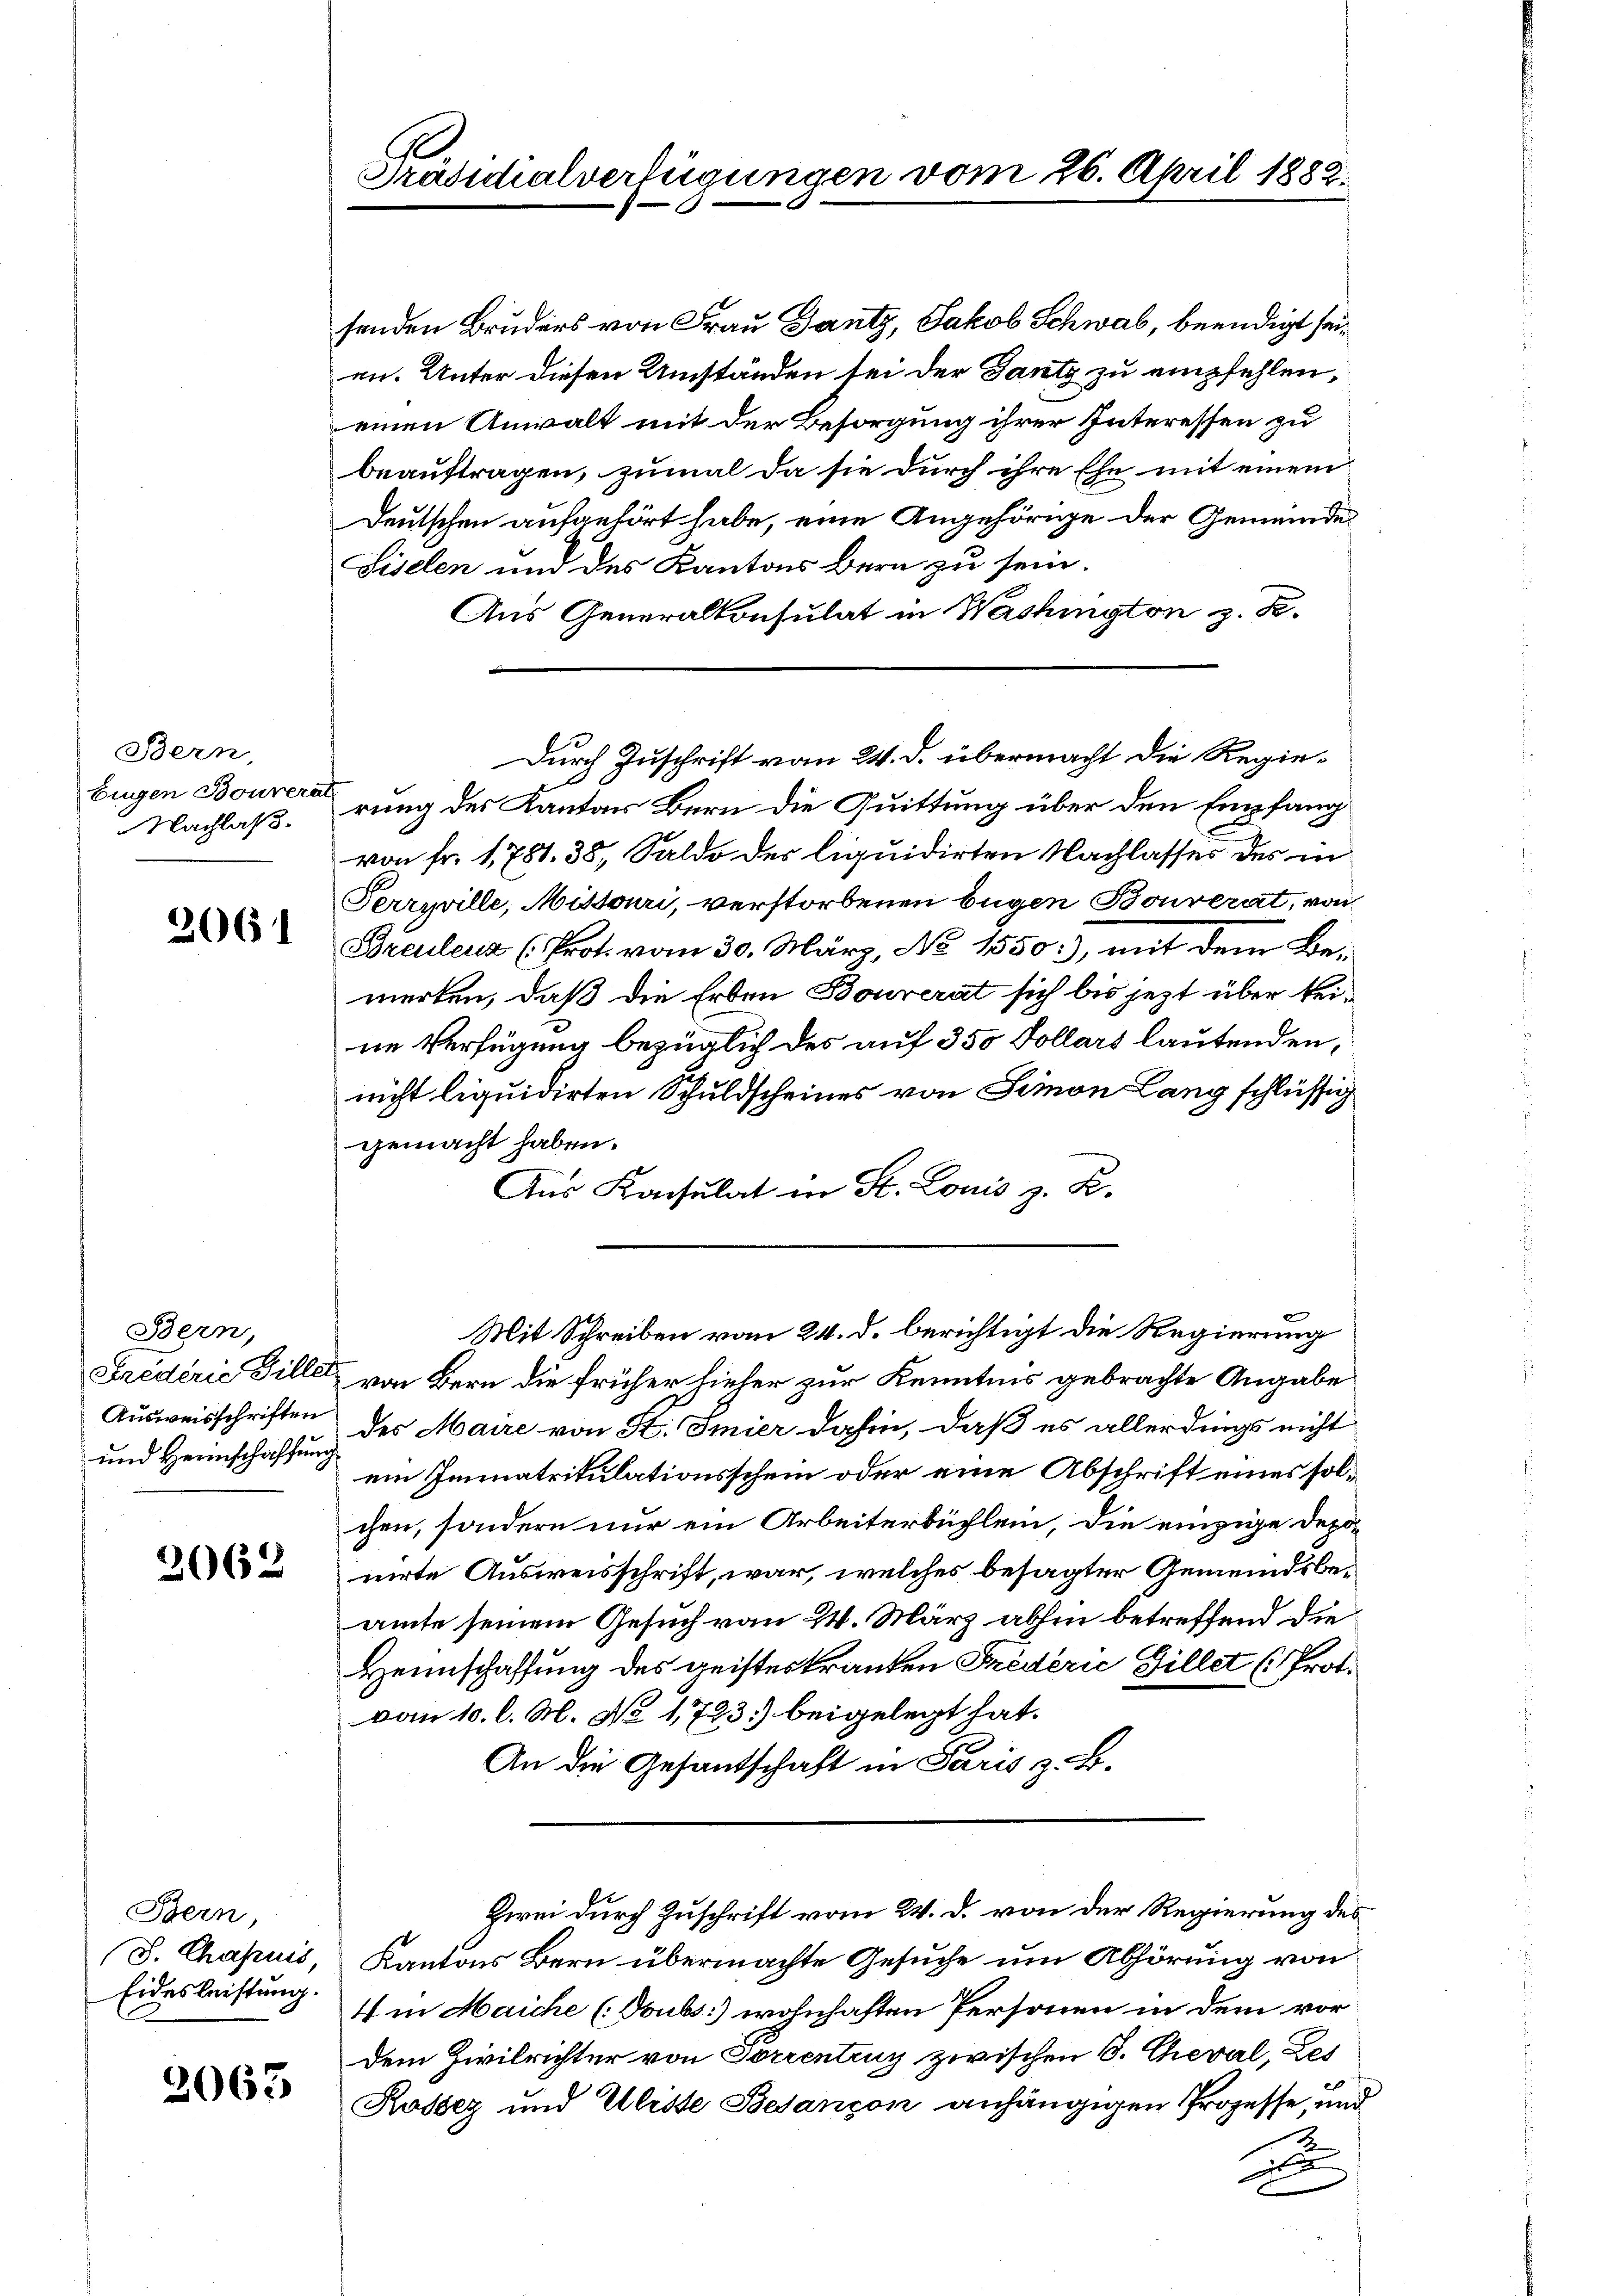
Bern,
Eugen Boureri
Nachlaß.

2061

Bern,
Ausweisschriften
und Herinschaffung

2062

Bern,
J. Chasuis,
Eidesleistung.

2063

Präsidialverfügungen vom 26. April 1882.

senden Bruders von Frau Gantz, Jakob Schwab, beendigt seien. Unter diesen Umständen sei der Gantz zu empfehlen,
einen Anwalt mit der Besorgung ihrer Interessen zu
beauftragen, zumal da sie durch ihre Ehe mit einem
Deutschen aufgehört habe, eine Angehörige der Gemeinde¬
Siselen und des Kantons Bern zu sein.
Aus Generalkonsulat in Washington z. B.
Durch Zuschrift vom 24. d. übermacht die Regierung des Kantons Bern die Quittung über den Empfang
von Fr. 1781. 38, Saldo des liquidirten Nachlasses des in
Perryville, Missouri, verstorbenen Eugen Bouverat, von
Breulenz (Prot. vom 30. März, No 1550), mit dem Bemerten, daß die Erben Bourerat sich bis jezt über keine Verfügung bezüglich des auf 350 Kollars lautenden,
nicht liquidirten Schuldscheines von Simon Lang schlüssig
gemacht haben.
Aus Konsulat in St. Louis z. B.
Mit Schreiben vom 24. d. berichtigt die Regierung
Frederie Tille, von Bern die früher hieher zur Kenntnis gebrachte Angabe
des Maire von St. Smier dahin, daß es allerdings nicht
ein Immatrikulationsschein oder eine Abschrift eines solchen, sondern nur ein Arbeiterbüchlein, die einzige Deponirte Ausweisschrift, war, welches besagter Gemeindsbeamte seinem Gesuch von 24. März abhin betreffend die
Heimschaffung des geisteskranken Fredérić Gillet (Prot.
vom 10. l. M. No 1723) beigelegt hat.
An die Gesantschaft in Paris z. B.
Zwei durch Zuschrift vom 24. d. von der Regierung des
Kantons Bern übermachte Gesuche um Abhörung von
4 in Maiche (Toubs:) wohnhaften Personen in dem vor-
dem Zivilrichter von Torrentenz zwischen S. Cheval, Les
Rossez und Ulisse Besançon anhängigen Prozesse, und
d